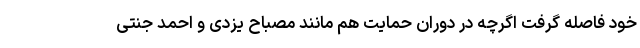
خود فاصله گرفت اگرچه در دوران حمایت هم مانند مصباح یزدی و احمد جنتی